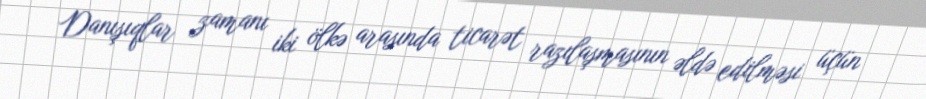
Danışıqlar zamanı iki ölkə arasında ticarət razılaşmasının əldə edilməsi üçün